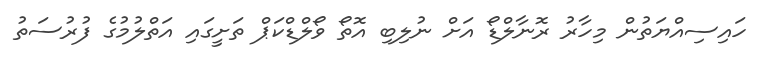
ހައިސިއްޔަތުން މިހާރު ރޮނާލްޑޯ އަށް ނުލިބި އޮތޯ ވޯލްޑްކަޕް ތަށީގައި އަތްލުމުގެ ފުރުސަތު